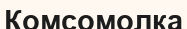
Комсомолка